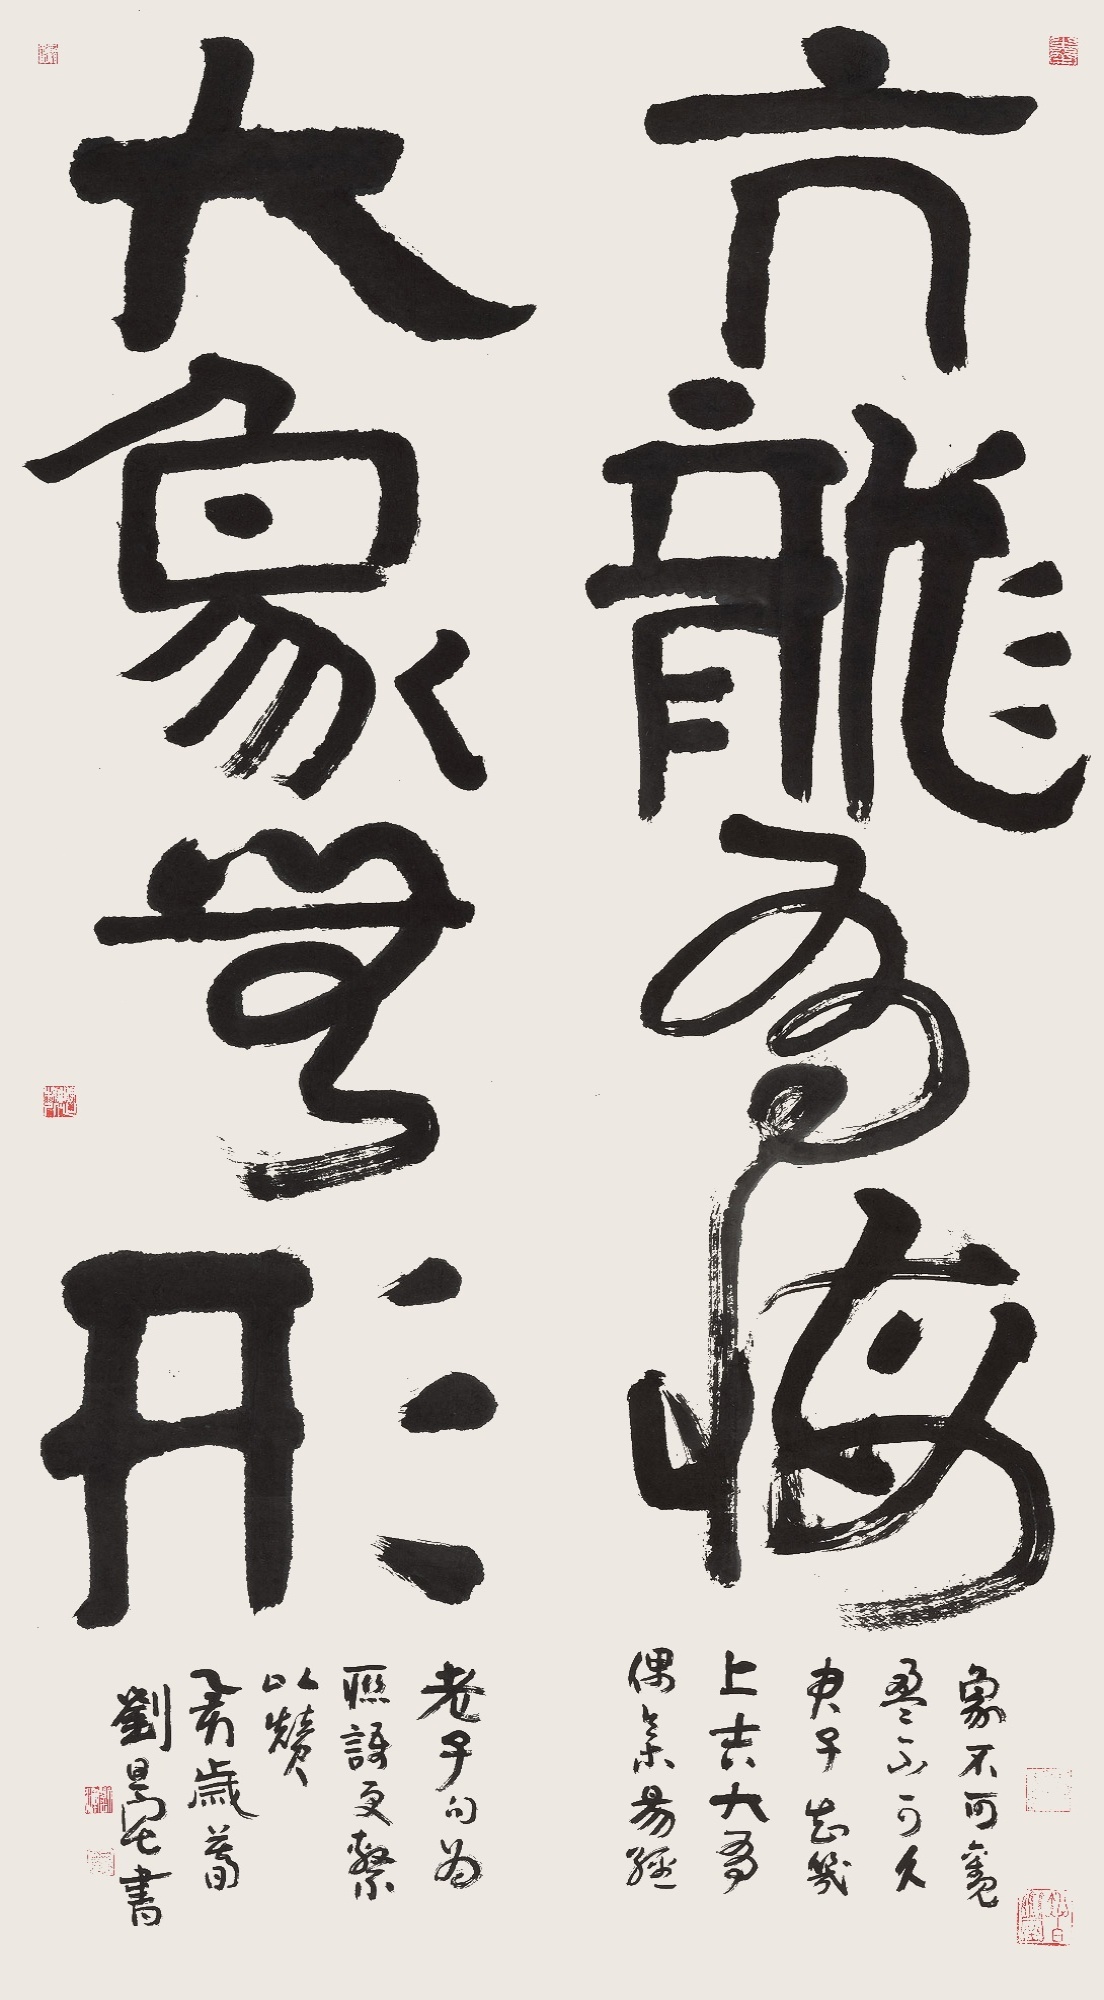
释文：亢龙有悔，大象无形。象不可观，盈不可久。君子知几，上吉大有。偶集易经老子句为联语，更系以赞。乙亥岁春，刘旦宅书。